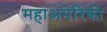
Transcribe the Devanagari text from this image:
महाअमेरिकी